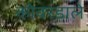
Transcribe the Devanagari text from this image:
कोवरडाले